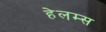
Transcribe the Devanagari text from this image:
हेलम्स